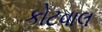
કોટવાલ